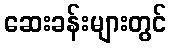
ဆေးခန်းများတွင်